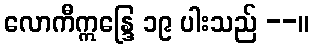
လောကီဣန္ဒြေ ၁၉ ပါးသည် --။